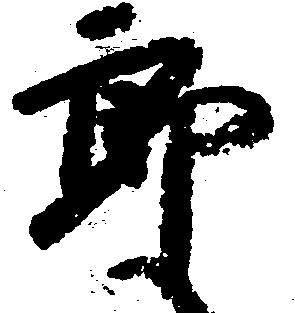
郎